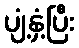
ပျံ့နှံ့ပြီး